Indian journal of veterinary science and animal husbandry - Volume 5,
Year: 1935
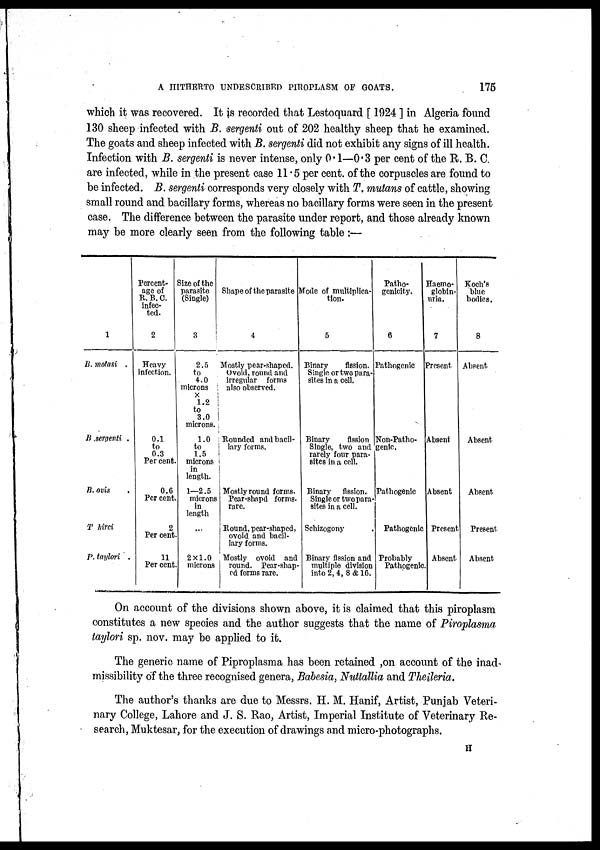
A HITHERTO UNDESCRIBED PIROPLASM OF GOATS.
175
which it was recovered. It is recorded that Lestoquard [ 1924 ] in Algeria found
130 sheep infected with B. sergenti out of 202 healthy sheep that he examined.
The goats and sheep infected with B. sergenti did not exhibit any signs of ill health.
Infection with B. sergenti is never intense, only 0.1—0.3 per cent of the R. B. C.
are infected, while in the present case 11.5 per cent. of the corpuscles are found to
be infected. B. sergenti corresponds very closely with T. mutans of cattle, showing
small round and bacillary forms, whereas no bacillary forms were seen in the present
case. The difference between the parasite under report, and those already known
may be more clearly seen from the following table :—
1
B. motasi .
B .sergenti .
B. ovis .
T hirci
P. taylori .
Percent-
age of
R. B. C.
infec-
ted.
2
Heavy
infection.
0.1
to
0.3
Per cent.
0.6
Per cent.
2
Per cent.
11
Per cent.
Size of the
parasite
(Single)
3
2.5
to
4.0
microns
×
1.2
to
3.0
microns.
1.0
to
1.5
microns
in
length.
1—2.5
microns
in
length
. . .
2×1.0
microns
Shape of the parasite
4
Mostly pear-shaped.
Ovoid, round and
irregular forms
also
observed.
Rounded and bacil-
lary forms.
Mostly round forms.
Pear-shapd forms.
rare.
Round, pear-shaped,
ovoid and bacil-
lary forms.
Mostly ovoid and
round. Pear-shap-
ed forms rare.
Mode of multiplica-
tion.
5
Binary
fission.
Single or two para-
sites in a cell.
Binary
fission
Single, two and
rarely four para-
sites in a cell.
Binary fission.
Single or two para-
sites in a cell.
Schizogony .
Binary fission and
multiple division
into 2, 4, 8 & 16.
Patho-
genicity.
6
Pathogenic
Non-Patho-
genic.
Pathogenic
Pathogenic
Probably
Pathogenic.
Haemo-
globin-
uria.
7
Present
Absent
Absent
Present
Absent
Koch's
blue
bodies.
8
Absent
Absent
Absent
Present
Absent
On account of the divisions shown above, it is claimed that this piroplasm
constitutes a new species and the author suggests that the name of Piroplasma
taylori sp. nov. may be applied to it.
The generic name of Piproplasma has been retained ,on account of the inad-
missibility of the three recognised genera, Babesia, Nuttallia and Theileria.
The author's thanks are due to Messrs. H. M. Hanif, Artist, Punjab Veteri-
nary College, Lahore and J. S. Rao, Artist, Imperial Institute of Veterinary Re-
search, Muktesar, for the execution of drawings and micro-photographs.
H